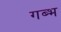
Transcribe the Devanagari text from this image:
गब्भ